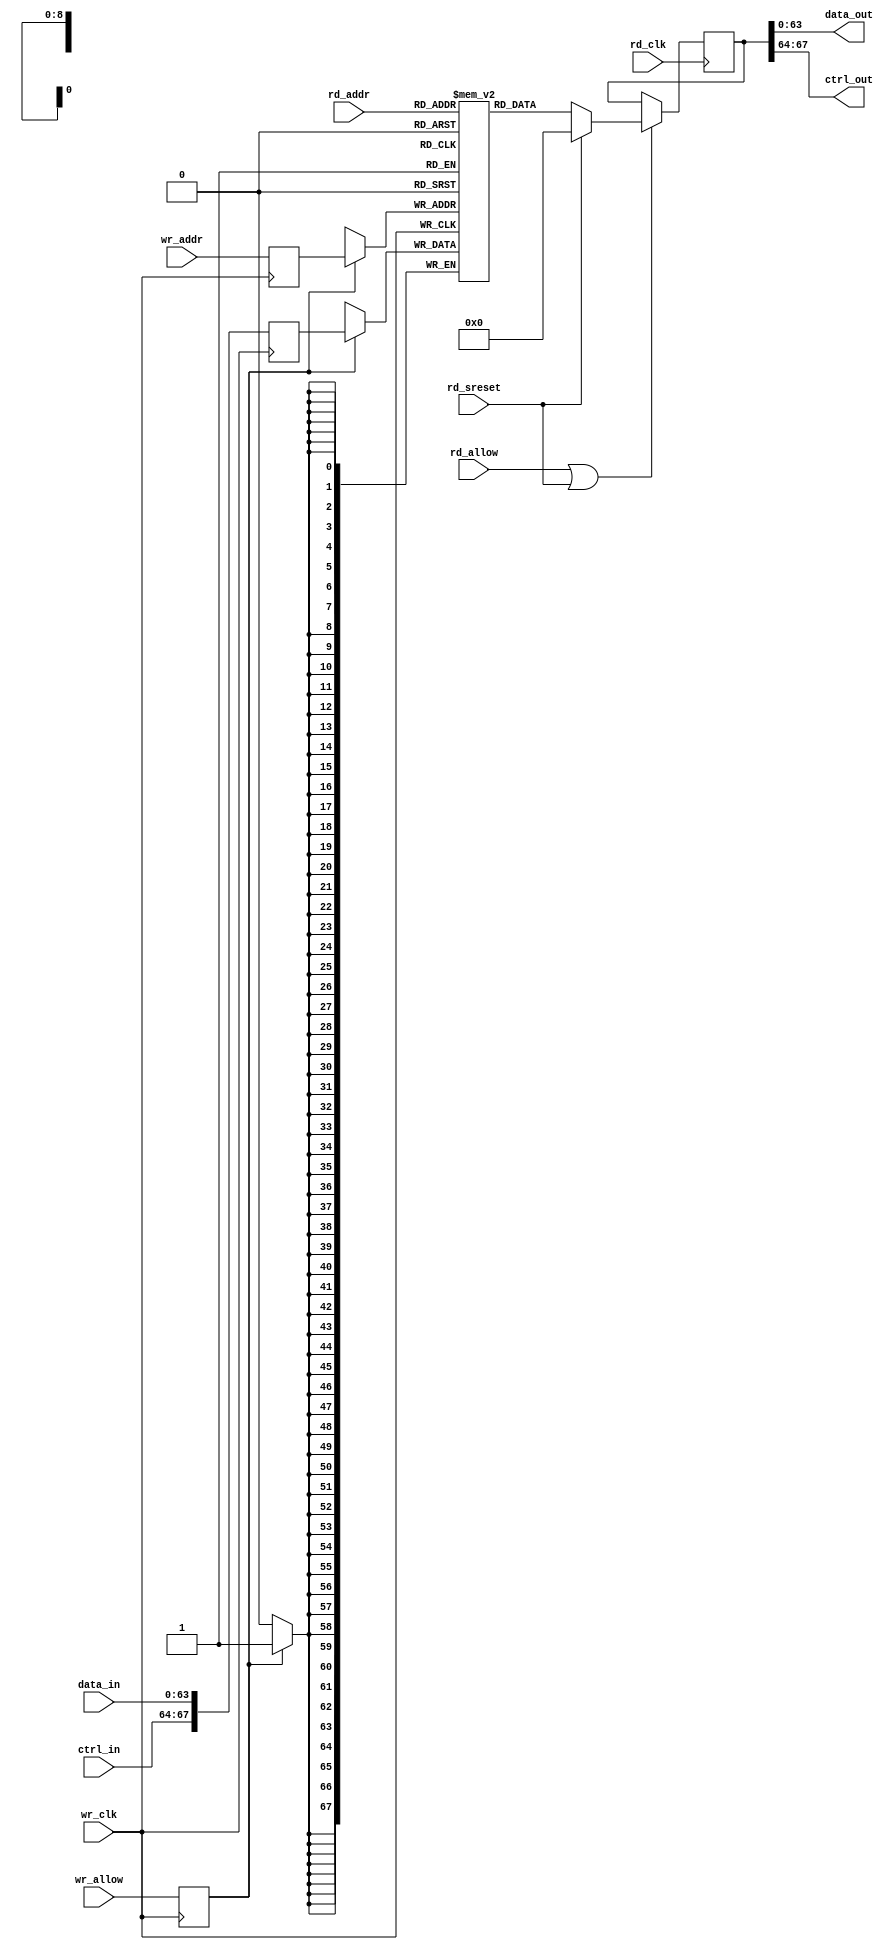
// ----------------------------------------------------------------------------
// (c) Copyright 2014 Xilinx, Inc. All rights reserved.
//
// This file contains confidential and proprietary information
// of Xilinx, Inc. and is protected under U.S. and
// international copyright and other intellectual property
// laws.
//
// DISCLAIMER
// This disclaimer is not a license and does not grant any
// rights to the materials distributed herewith. Except as
// otherwise provided in a valid license issued to you by
// Xilinx, and to the maximum extent permitted by applicable
// law: (1) THESE MATERIALS ARE MADE AVAILABLE "AS IS" AND
// WITH ALL FAULTS, AND XILINX HEREBY DISCLAIMS ALL WARRANTIES
// AND CONDITIONS, EXPRESS, IMPLIED, OR STATUTORY, INCLUDING
// BUT NOT LIMITED TO WARRANTIES OF MERCHANTABILITY, NON-
// INFRINGEMENT, OR FITNESS FOR ANY PARTICULAR PURPOSE; and
// (2) Xilinx shall not be liable (whether in contract or tort,
// including negligence, or under any other theory of
// liability) for any loss or damage of any kind or nature
// related to, arising under or in connection with these
// materials, including for any direct, or any indirect,
// special, incidental, or consequential loss or damage
// (including loss of data, profits, goodwill, or any type of
// loss or damage suffered as a result of any action brought
// by a third party) even if such damage or loss was
// reasonably foreseeable or Xilinx had been advised of the
// possibility of the same.
//
// CRITICAL APPLICATIONS
// Xilinx products are not designed or intended to be fail-
// safe, or for use in any application requiring fail-safe
// performance, such as life-support or safety devices or
// systems, Class III medical devices, nuclear facilities,
// applications related to the deployment of airbags, or any
// other applications that could lead to death, personal
// injury, or severe property or environmental damage
// (individually and collectively, "Critical
// Applications"). Customer assumes the sole risk and
// liability of any use of Xilinx products in Critical
// Applications, subject only to applicable laws and
// regulations governing limitations on product liability.
//
// THIS COPYRIGHT NOTICE AND DISCLAIMER MUST BE RETAINED AS
// PART OF THIS FILE AT ALL TIMES.
// ----------------------------------------------------------------------------
//--------------------------------------------------------------------------
// Title      : FIFO BRAM
// Project    : 10G Gigabit Ethernet
//--------------------------------------------------------------------------
//--------------------------------------------------------------------------
// Description: Infered BRAM used by Tx and Rx example design FIFOs
//--------------------------------------------------------------------------

`timescale 1ps / 1ps

module axi_10g_ethernet_0_fifo_ram#(
  parameter ADDR_WIDTH = 9)
  (
  input  wire                          wr_clk,
  input  wire  [(ADDR_WIDTH-1):0]      wr_addr,
  input  wire  [63:0]                  data_in,
  input  wire  [3:0]                   ctrl_in,
  input  wire                          wr_allow,
  input  wire                          rd_clk,
  input  wire                          rd_sreset,
  input  wire  [(ADDR_WIDTH-1):0]      rd_addr,
  output wire  [63:0]                  data_out,
  output wire  [3:0]                   ctrl_out,
  input  wire                          rd_allow
 );

  localparam RAM_DEPTH = 2 ** ADDR_WIDTH;
  (* ram_style = "block" *)
  reg          [67:0]                  ram [RAM_DEPTH-1:0];

  reg          [67:0]                  wr_data_pipe = 0;
  reg                                  wr_allow_pipe = 0;
  reg          [(ADDR_WIDTH-1):0]      wr_addr_pipe = 0;

  wire         [67:0]                  wr_data;
  reg          [67:0]                  rd_data;

  wire                                 rd_allow_int;

  assign wr_data[63:0]                 = data_in;
  assign wr_data[67:64]                = ctrl_in;

  assign data_out                      = rd_data[63:0];
  assign ctrl_out                      = rd_data[67:64];

  // Block RAM must be enabled for synchronous reset to work.
  assign rd_allow_int                  = (rd_allow | rd_sreset);

  // For clean simulation 
  integer val;
  initial 
  begin
    for (val = 0; val < RAM_DEPTH; val = val+1) begin
      ram[val] <= 64'd0;
    end
  end

//----------------------------------------------------------------------
 // Infer BRAMs and connect them
 // appropriately.
//--------------------------------------------------------------------//

  always @(posedge wr_clk)
   begin
      wr_data_pipe                     <= wr_data;
      wr_allow_pipe                    <= wr_allow;
      wr_addr_pipe                     <= wr_addr;
   end

  always @(posedge wr_clk)
   begin
     if (wr_allow_pipe) begin
       ram[wr_addr_pipe] <= wr_data_pipe;
     end
   end

  always @(posedge rd_clk)
   begin
     if (rd_allow_int) begin
       if (rd_sreset) begin
         rd_data <= 68'd0;
       end
       else begin
         rd_data <= ram[rd_addr];
       end
     end
   end

endmodule